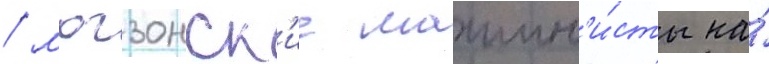
/ могзонск'ие машин'и́сты на́